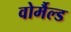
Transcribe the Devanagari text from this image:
वोर्मैल्ड